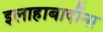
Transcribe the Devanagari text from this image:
इलाहाबादींना